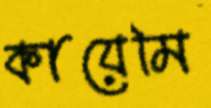
কায়েমি